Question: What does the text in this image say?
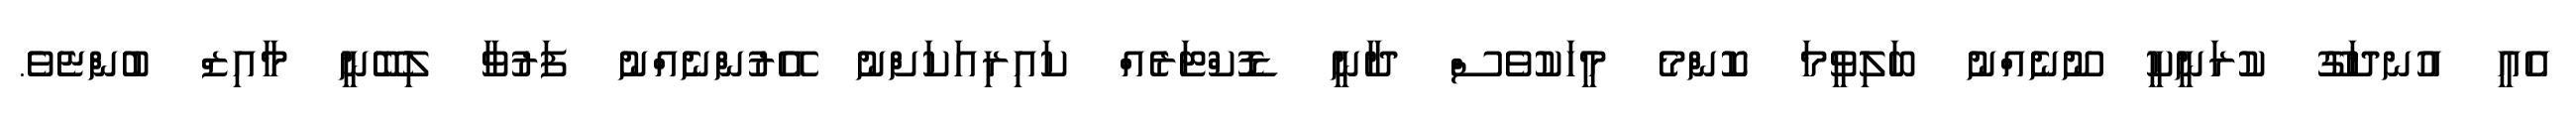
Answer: އެއީ އުނދަގޫ ކުރަނީކީ ނޫނެއްނު ބަލިވީމަ ކޮންމެ މީހަކުވެސް ދާނީ ޑޮކްޓަރެއް ކައިރިއަކަށްނު އޭރުންނެއްނު ފަރުވާ ލިބޭނީ މާއިޒް ބުންޏެވެ.